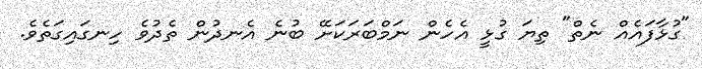
"ގުޅާފައެއް ނެތް" ތިޔަ ގުޅީ އެހެން ނަމްބަރަކަށޭ ބުނެ އެނދުން ތެދުވެ ހިނގައިގަތެވެ.